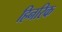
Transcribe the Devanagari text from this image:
हिनरिक